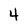
Character: 4